Madras plague regulations in force outside the Presidency town - Volume 3
Disease focus: Plague
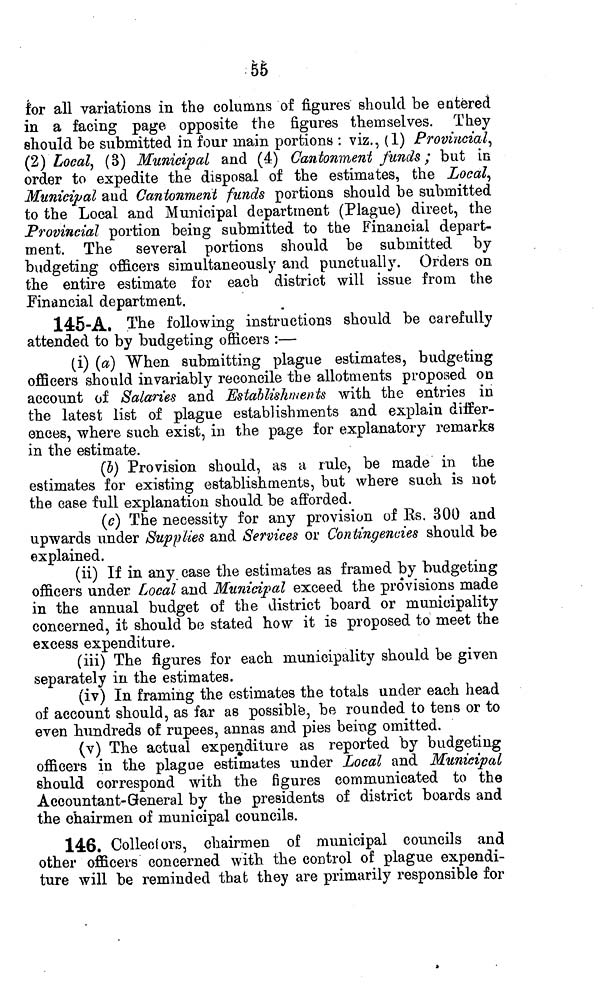
55
for all variations in the columns of figures should be entered
in a facing page opposite the figures themselves. They
should be submitted in four main portions : viz., (1) Provincial,
(2) Local, (3) Municipal and (4) Cantonment funds ; but in
order to expedite the disposal of the estimates, the Local,
Municipal and Cantonment funds portions should be submitted
to the Local and Municipal department (Plague) direct, the
Provincial portion being submitted to the Financial depart-
ment. The several portions should be submitted by
budgeting officers simultaneously and punctually. Orders on
the entire estimate for each district will issue from the
Financial department.
145-A. The following instructions should be carefully
attended to by budgeting officers :—
(i) (a) When submitting plague estimates, budgeting
officers should invariably reconcile the allotments proposed on
account of Salaries and Establishments with the entries in
the latest list of plague establishments and explain differ-
ences, where such exist, in the page for explanatory remarks
in the estimate.
(o) Provision should, as a rule, be made in the
estimates for existing establishments, but where such is not
the case full explanation should be afforded.
(¿?) The necessity for any provision of Es. 300 and
upwards under Supplies and Services or Contingencies should be
explained.
(ii) If in any. case the estimates as framed by budgeting
officers under Local and Municipal exceed the provisions made
in the annual budget of the district board or municipality
concerned, it should be stated how it is proposed to meet the
excess expenditure.
(iii) The figures for each municipality should be given
separately in the estimates.
(iv) In framing the estimates the totals under each head
of account should, as far as possible, be rounded to tens or to
even hundreds of rupees, annas and pies being omitted.
(v) The actual expenditure as reported by budgeting
officers in the plague estimates under Local and Municipal
should correspond with the figures communicated to the
Accountant-General by the presidents of district boards and
the chairmen of municipal councils.
146. Collectors, chairmen of municipal councils and
other ofiicers concerned with the control of plague expendi-
ture will be reminded that they are primarily responsible for